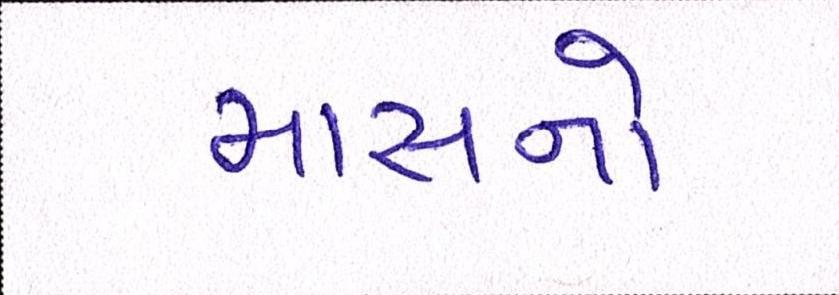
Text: માસનો